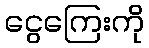
ငွေကြေးကို